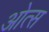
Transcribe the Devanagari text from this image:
ओत्स